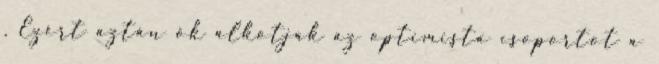
. Ezért aztán ők alkotják az optimista csoportot a